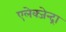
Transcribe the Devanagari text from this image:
एलेक्जेन्द्रा